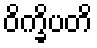
ဝိက္ခိပတိ